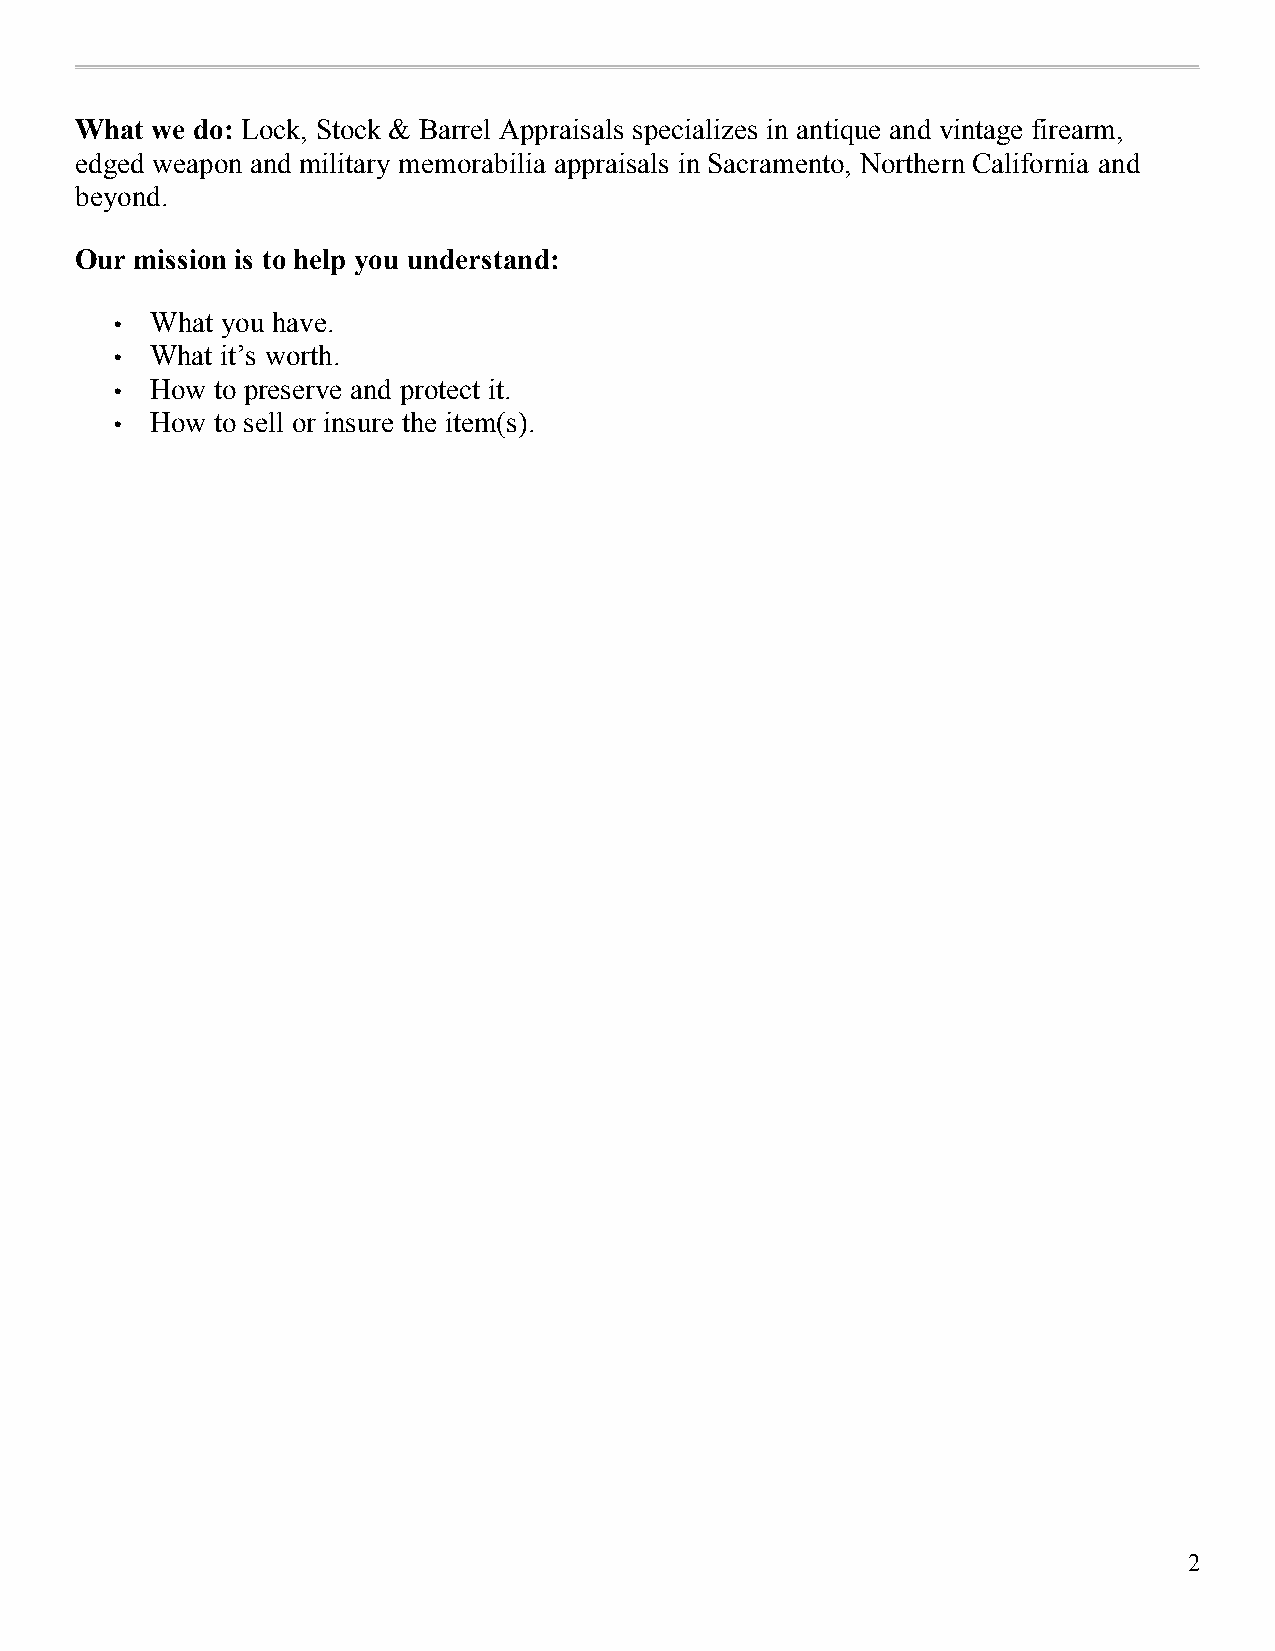
What we do: Lock, Stock & Barrel Appraisals specializes in antique and vintage firearm,
 edged weapon and military memorabilia appraisals in Sacramento, Northern California and
 beyond.
 Our mission is to help you understand:
 What you have.
 •
 What it’s worth.
 •
 How to preserve and protect it.
 •
 How to sell or insure the item(s).
 •
 2